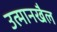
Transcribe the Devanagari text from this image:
उत्मानखैल